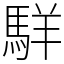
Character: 𩣆